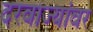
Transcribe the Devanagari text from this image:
दरवाज्यांवर